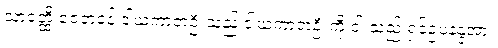
သာဝတ္ထိ ဇေတဝန် ဒါယကာတဦးသည် ဒါယကာတဦးကို ငါ သည် ရှင်ဥပနန္ဒအား